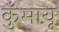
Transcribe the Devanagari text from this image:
कुँमायू